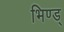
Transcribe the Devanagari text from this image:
भिण्ड्